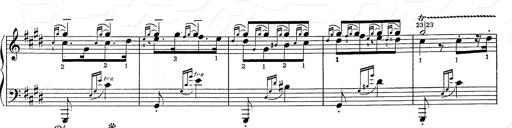
Title: Hungarian Rhapsody No.2
Composer: Franz Liszt
Key: C-sharp minor